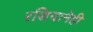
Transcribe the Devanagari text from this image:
रशियानेही